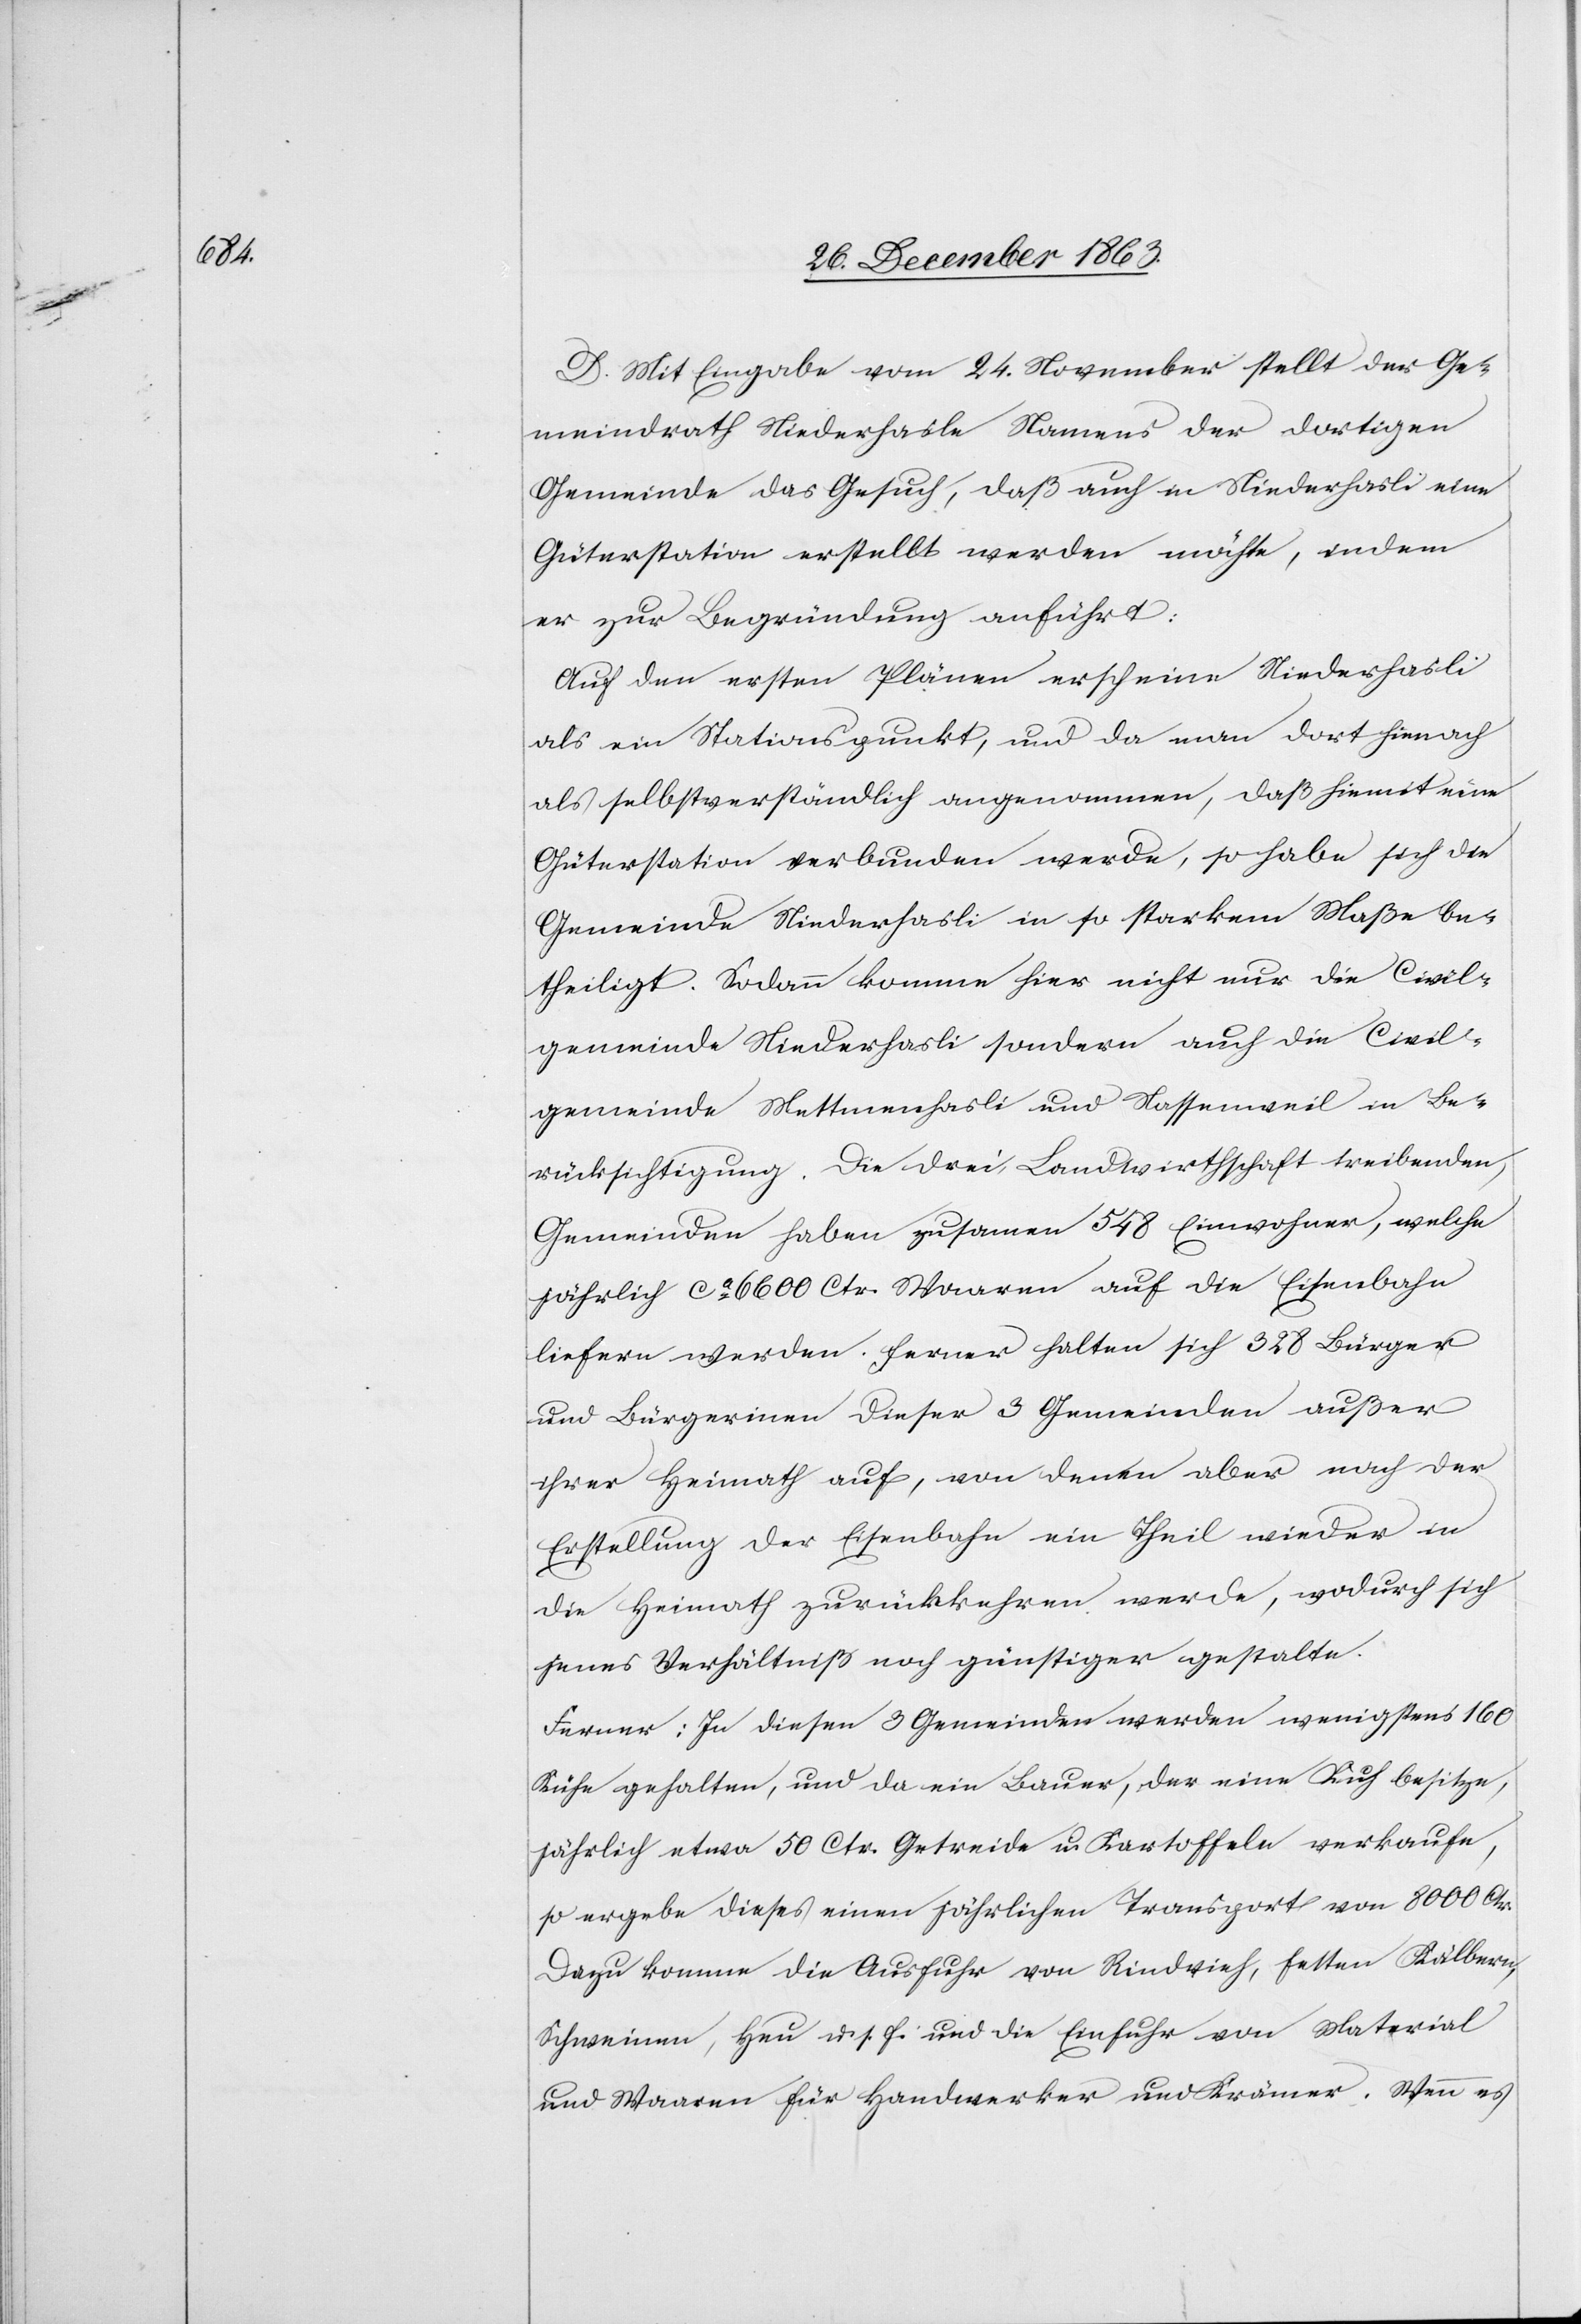
D. Mit Eingabe vom 24. November stellt der Ge¬
meindrath Niederhasle Namens der dortigen
Gemeinde das Gesuch, daß auch in Niederhasli eine
Güterstation erstellt werden möchte, indem
er zur Begründung anführt:
Auf den ersten Plänen erscheine Niederhasli
als ein Stationspunkt, und da man dort hienach
als selbstverständlich angenommen, daß hiemit eine
Güterstation verbunden werde, so habe sich die
Gemeinde Niederhasli in so starkem Maße be¬
theiligt. Sodann komme hier nicht nur die Civil¬
gemeinde Niederhasli sondern auch die Civil¬
gemeinde Mettmenhasli und Nassenweil in Be¬
rücksichtigung. Die drei Landwirthschaft treibenden
Gemeinden haben zusammen 548 Einwohner, welche
jährlich ca 6000 Ctr. Waaren auf die Eisenbahn
liefern werden. Ferner halten sich 328 Bürger
und Bürgerin[n]en dieser 3 Gemeinden außer
ihrer Heimath auf, von denen aber nach der
Erstellung der Eisenbahn ein Theil wieder in
die Heimath zurückkehren werde, wodurch sich
jenes Verhältniß noch günstiger gestalte.
Ferner: In diesen 3 Gemeinden werden wenigstens 160
Kühe gehalten, und da ein Bauer, der eine Kuh besitze,
jährlich etwa 50 Ctr. Getreide u. Kartoffeln verkaufe,
so ergebe dieses einen jährlichen Transport von 8000 Ctr.
Dazu komme die Ausfuhr von Rindvieh, fetten Kälbern,
Schweinen, Heu u. s. f. und die Einfuhr von Material
und Waaren für Handwerker und Krämer. Wenn es